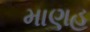
માણહ